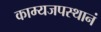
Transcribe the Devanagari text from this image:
काम्यजपस्थानं